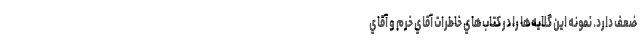
ضعف دارد. نمونه اين گلايه‌ها را در كتاب‌هاي خاطرات آقاي خرم و آقاي